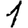
Digit: 1